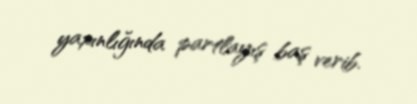
yaxınlığında partlayış baş verib.